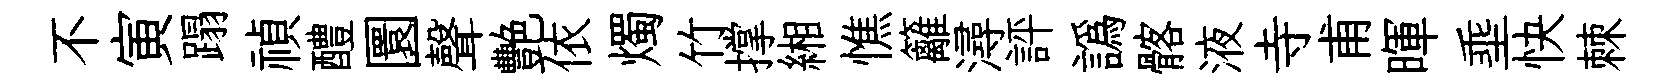
不寅蹋禎醴圜聲艷依燭竹撑緗憔籬潯評譌髂液寺甫暉埀快棘